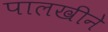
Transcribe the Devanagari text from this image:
पालखीने